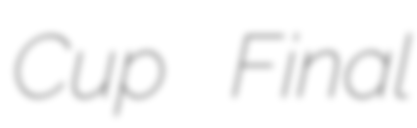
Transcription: Cup Final